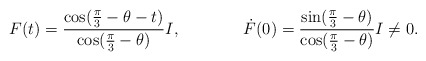
\begin{align*}F(t) &= \frac{\cos(\frac{\pi}{3} - \theta - t)}{\cos(\frac{\pi}{3} - \theta)} I, & \dot{F}(0) &= \frac{\sin(\frac{\pi}{3}-\theta)}{\cos(\frac{\pi}{3} - \theta)} I \neq 0.\end{align*}